Scottish Leaving Certificate Examination, 1957
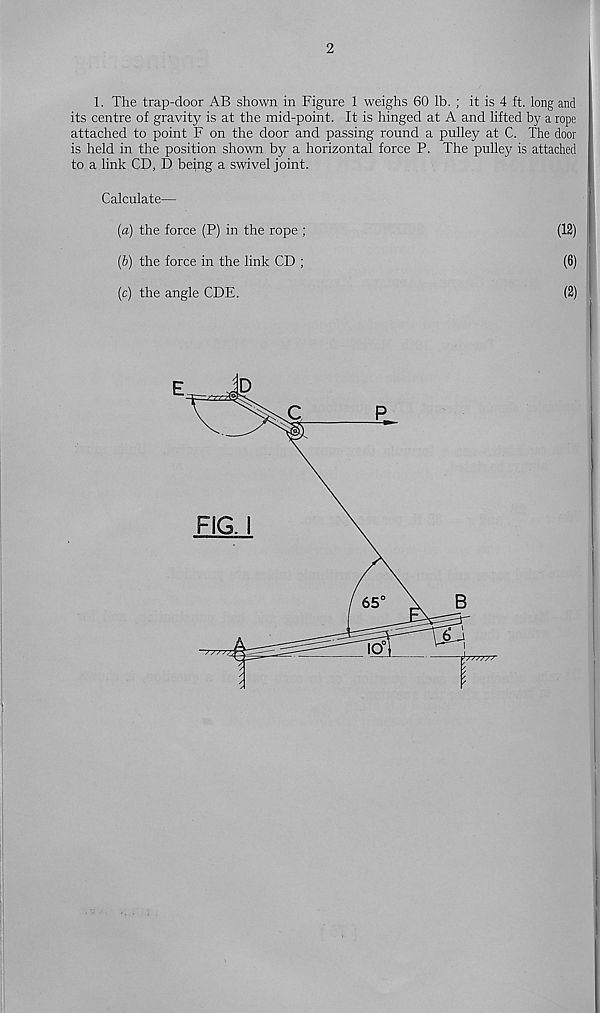
2
1. The trap-door AB shown in Figure 1 weighs 60 lb. ; it is 4 ft. long and
its centre of gravity is at the mid-point. It is hinged at A and lifted by a rope
attached to point F on the door and passing round a pulley at C. The door
is held in the position shown by a horizontal force P. The pulley is attached
to a link CD, D being a swivel joint.
Calculate—
(а) the force (P) in the rope ;
(12)
(б) the force in the link CD ;
(6)
(c) the angle CDE.
(2)